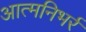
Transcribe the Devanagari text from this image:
आत्मनिभर्र